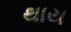
થાય